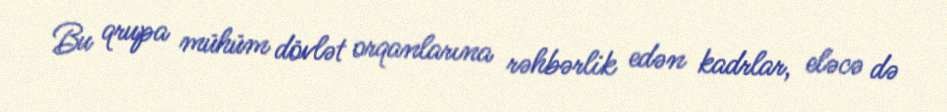
Bu qrupa mühüm dövlət orqanlarına rəhbərlik edən kadrlar, eləcə də